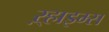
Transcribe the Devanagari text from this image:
ऱ्हाइम्स